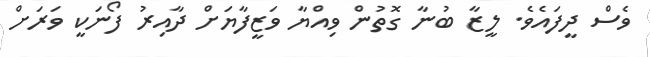
ވެސް ދީފައެވެ. ލީޒާ ބުނާ ގޮތުން ވިއްޔާ ވަޒީފާޔަށް ދާއިރު ފޯނަކީ ވަރަށް